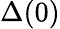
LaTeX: \Delta(0)